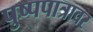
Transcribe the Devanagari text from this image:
पुष्पपात्रावर